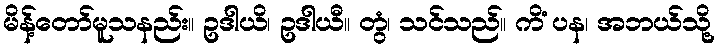
မိန့်တော်မူသနည်း။ ဥဒါယိ၊ ဥဒါယီ။ တွံ၊ သင်သည်။ ကိံ ပန၊ အဘယ်သို့